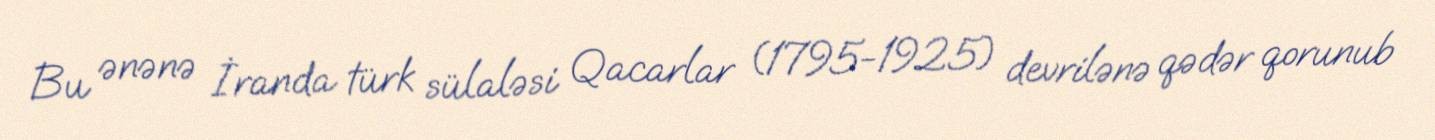
Bu ənənə İranda türk sülaləsi Qacarlar (1795-1925) devrilənə qədər qorunub